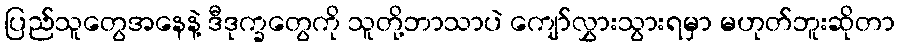
ပြည်သူတွေအနေနဲ့ ဒီဒုက္ခတွေကို သူတို့ဘာသာပဲ ကျော်လွှားသွားရမှာ မဟုတ်ဘူးဆိုတာ